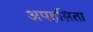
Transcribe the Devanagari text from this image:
अपहसिता